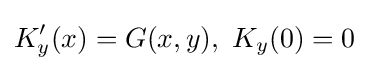
K_{y}'(x)=G(x,y),\ K_{y}(0)=0